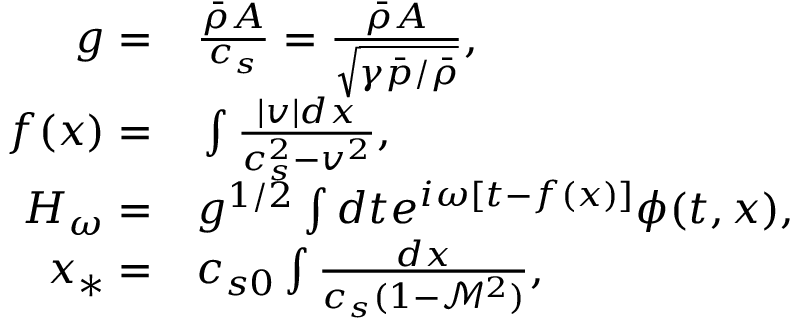
\begin{array} { r l } { g = } & { { } \frac { \bar { \rho } A } { c _ { s } } = \frac { \bar { \rho } A } { \sqrt { \gamma \bar { p } / \bar { \rho } } } , } \\ { f ( x ) = } & { { } \int \frac { | v | d x } { c _ { s } ^ { 2 } - v ^ { 2 } } , } \\ { H _ { \omega } = } & { { } g ^ { 1 / 2 } \int d t e ^ { i \omega [ t - f ( x ) ] } \phi ( t , x ) , } \\ { x _ { * } = } & { { } c _ { s 0 } \int \frac { d x } { c _ { s } ( 1 - \mathcal { M } ^ { 2 } ) } , } \end{array}